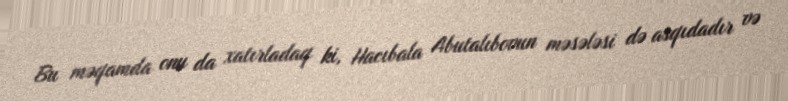
Bu məqamda onu da xatırladaq ki, Hacıbala Abutalıbovun məsələsi də asqıdadır və